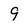
Character: 9